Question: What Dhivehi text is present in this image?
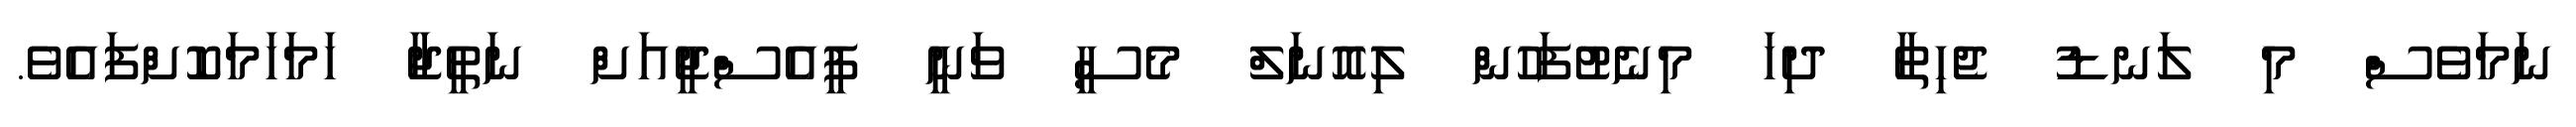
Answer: ނަމަވެސް މި ލަނޑު ޖެހިތާ ދިހަ މިނެޓުފަހުން ލިއޮނަލް މެސީ ވަނީ ޕީއެސްޖީއަށް ނަތީޖާ ހަމަހަމަކޮށްފައެވެ.